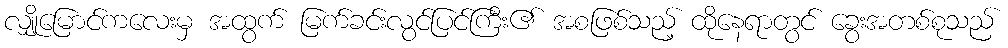
လျှိုမြောင်ကလေးမှ အထွက် မြက်ခင်းလွင်ပြင်ကြီး၏ အစဖြစ်သည့် ထိုနေရာတွင် ခွေးအတစ်စုသည်